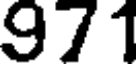
971